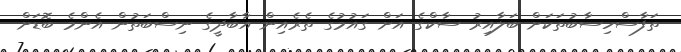
ތަފާސްހިސާބުތަކަށް ބަލާއިރު ސާކްގެ އަށް ގައުމުގެ ތެރެއިން އާބާދީގެ ނިސްބަތުން އެންމެ ބޮޑަށް